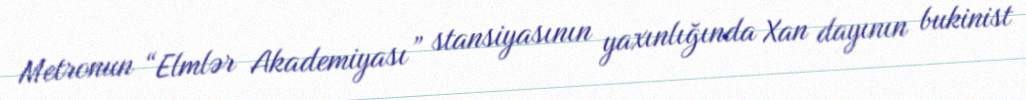
Metronun “Elmlər Akademiyası” stansiyasının yaxınlığında Xan dayının bukinist